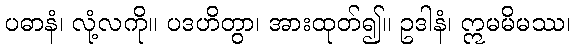
ပဓာနံ၊ လုံ့လကို။ ပဒဟိတွာ၊ အားထုတ်၍။ ဥဒါနံ၊ ဣမမိမဿ၊